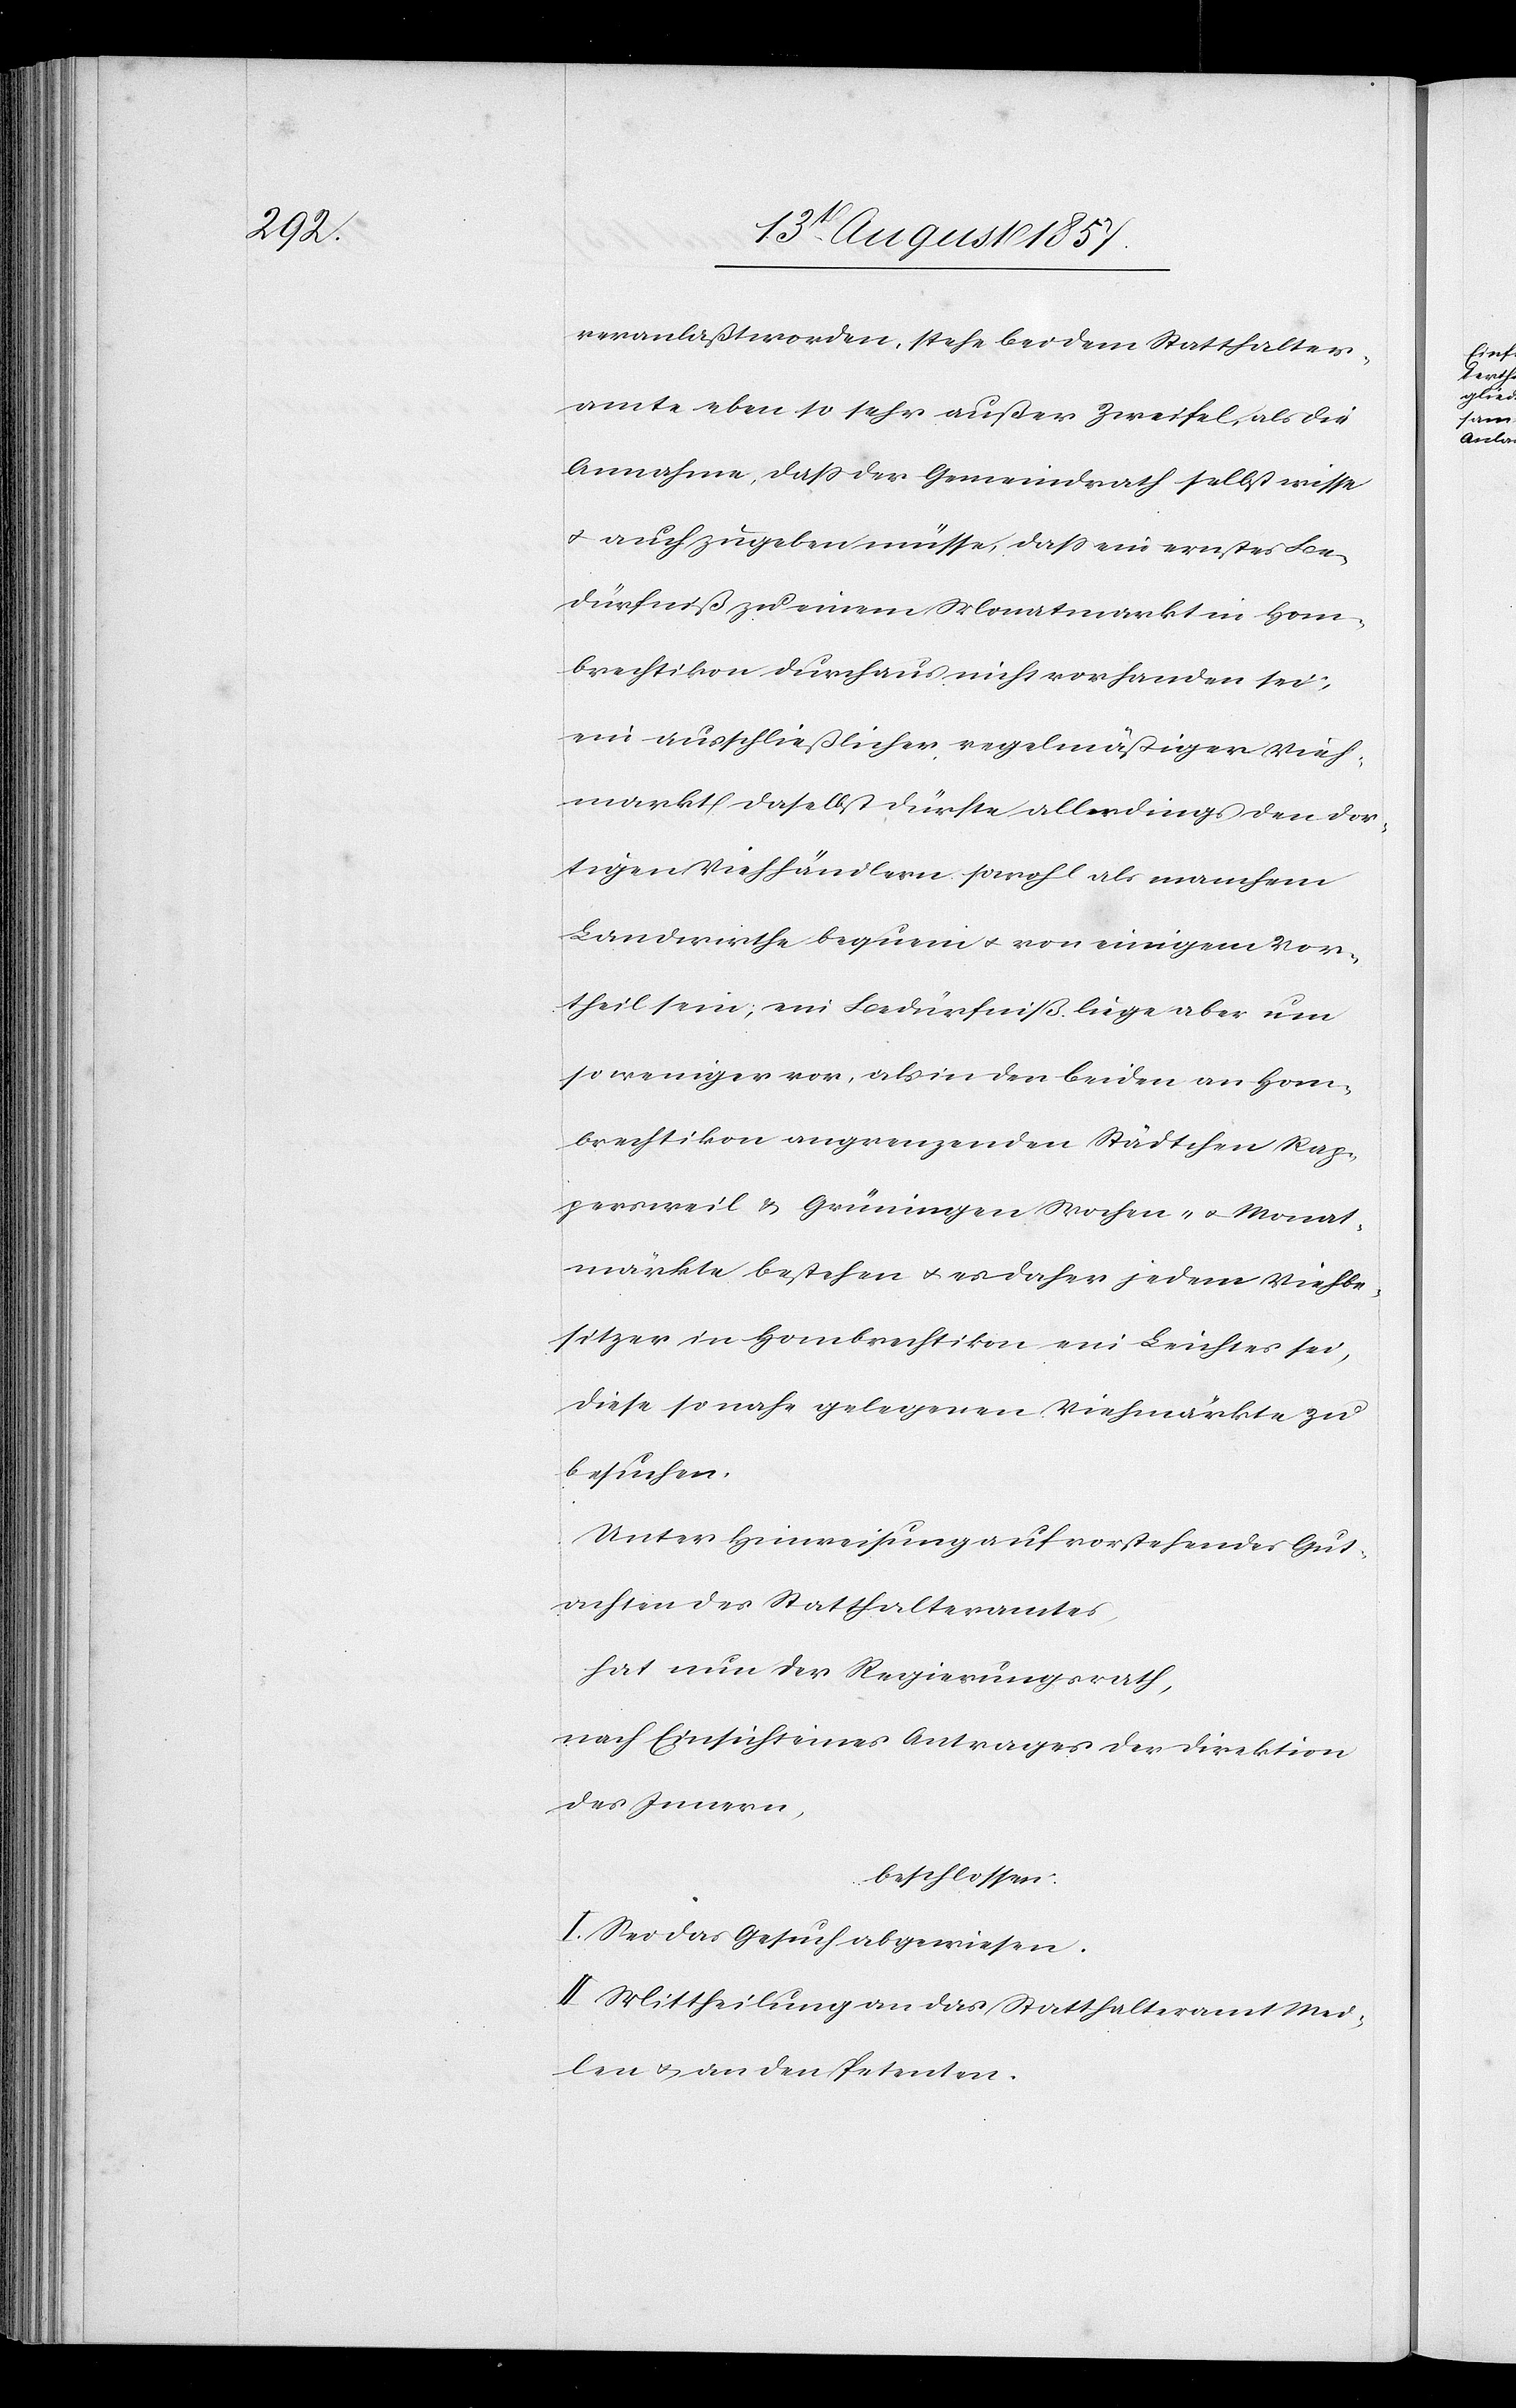
veranlaßt worden, stehe bei dem Statthalter¬
amte eben so sehr außer Zweifel, als die
Annahme, daß der Gemeindrath selbst wisse
& auch zugeben müsse, daß ein ernstes Be¬
dürfniß zu einem Monatmarkt in Hom¬
brechtikon durchaus nicht vorhanden sei,
ein ausschließlicher regelmäßiger Vieh¬
markt daselbst dürfte allerdings den dor¬
tigen Viehhändlern sowohl als manchem
Landwirthe bequem & von einigem Vor¬
theil sein, ein Bedürfniß liege aber um
so weniger vor, als in den beiden an Hom¬
brechtikon angrenzenden Städtchen Rap¬
persweil & Grüningen Wochen- & Monat¬
märkte bestehen & es daher jedem Viehbe¬
sitzer in Hombrechtikon ein Leichtes sei,
diese so nahe gelegenen Viehmärkte zu
besuchen.
Unter Hinweisung auf vorstehendes Gut¬
achten des Statthalteramtes,
hat nun der Regierungsrath,
nach Einsicht eines Antrages der Direktion
des Innern,
beschlossen:
I. Sei das Gesuch abgewiesen.
II. Mittheilung an das Statthalteramt Mei¬
len & an den Petenten.